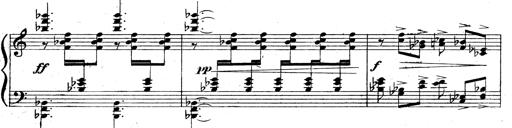
Title: 3 Sonatinas for Piano
Composer: Vissarion Shebalin